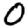
Digit: 0